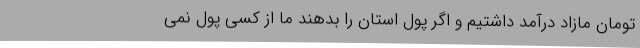
تومان مازاد درآمد داشتیم و اگر پول استان را بدهند ما از کسی پول نمی